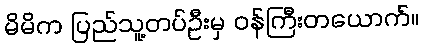
မိမိက ပြည်သူ့တပ်ဦးမှ ဝန်ကြီးတယောက်။